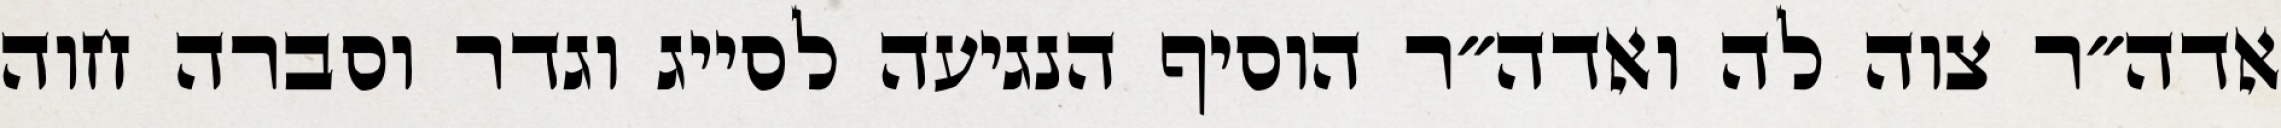
אדה״ר צוה לה ואדה״ר הוסיף הנגיעה לסייג וגדר וסברה חוה